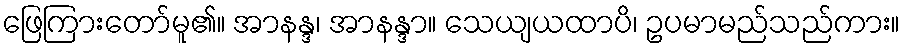
ဖြေကြားတော်မူ၏။ အာနန္ဒ၊ အာနန္ဒာ။ သေယျယထာပိ၊ ဥပမာမည်သည်ကား။